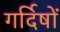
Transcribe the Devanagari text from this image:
गर्दिषों